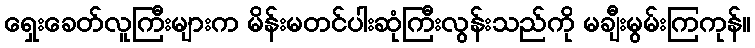
ရှေးခေတ်လူကြီးများက မိန်းမတင်ပါးဆုံကြီးလွန်းသည်ကို မချီးမွမ်းကြကုန်။